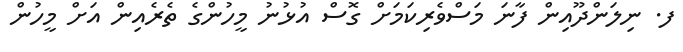
ފ. ނިލަންދޫއިން ފާނަ މަސްވެރިކަމަށް ގޮސް އުޅުނު މީހުންގެ ތެރެއިން އަށް މީހުން